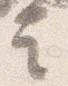
言